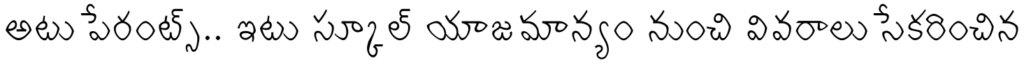
అటు పేరంట్స్.. ఇటు స్కూల్ యాజమాన్యం నుంచి వివరాలు సేకరించిన